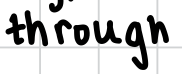
Text: through
Cross-out: clean
Writing tool: digital_black